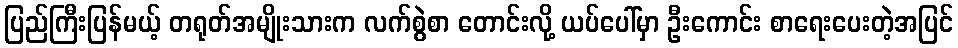
ပြည်ကြီးပြန်မယ့် တရုတ်အမျိုးသားက လက်စွဲစာ တောင်းလို့ ယပ်ပေါ်မှာ ဦးကောင်း စာရေးပေးတဲ့အပြင်